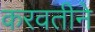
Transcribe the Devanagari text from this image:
करवतीने